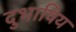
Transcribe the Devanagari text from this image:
दुभाषिय